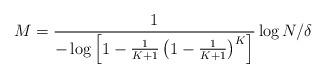
LaTeX: \begin{align*}M=\frac{1}{-\log \left[1-\frac{1}{K+1}\left(1-\frac{1}{K+1}\right)^K\right]}\log N/\delta\end{align*}